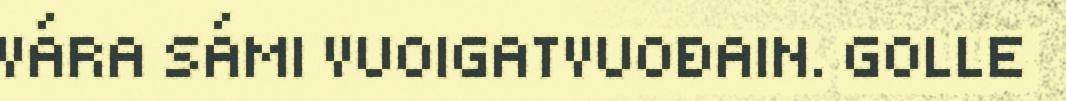
VÁRA SÁMI VUOIGATVUOĐAIN. GOLLE